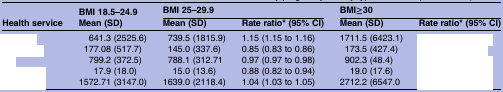
<table><thead><tr><td rowspan="2"><b>Health service</b></td><td><b>BMI 18.5–24.9</b></td><td colspan="2"><b>BMI 25–29.9</b></td><td colspan="2"><b>BMI≥30</b></td></tr><tr><td><b>Mean (SD)</b></td><td><b>Mean (SD)</b></td><td><b>Rate ratio* (95% CI)</b></td><td><b>Mean (SD)</b></td><td><b>Rate ratio* (95% CI)</b></td></tr></thead><tbody><tr><td>[EMPTY_CELL]</td><td>641.3 (2525.6)</td><td>739.5 (1815.9)</td><td>1.15 (1.15 to 1.16)</td><td>1711.5 (6423.1)</td><td>[EMPTY_CELL]</td></tr><tr><td>[EMPTY_CELL]</td><td>177.08 (517.7)</td><td>145.0 (337.6)</td><td>0.85 (0.83 to 0.86)</td><td>173.5 (427.4)</td><td>[EMPTY_CELL]</td></tr><tr><td>[EMPTY_CELL]</td><td>799.2 (372.5)</td><td>788.1 (312.71</td><td>0.97 (0.97 to 0.98)</td><td>902.3 (48.4)</td><td>[EMPTY_CELL]</td></tr><tr><td>[EMPTY_CELL]</td><td>17.9 (18.0)</td><td>15.0 (13.6)</td><td>0.88 (0.82 to 0.94)</td><td>19.0 (17.6)</td><td>[EMPTY_CELL]</td></tr><tr><td>[EMPTY_CELL]</td><td>1572.71 (3147.0)</td><td>1639.0 (2118.4)</td><td>1.04 (1.03 to 1.05)</td><td>2712.2 (6547.0</td><td>[EMPTY_CELL]</td></tr></tbody></table>